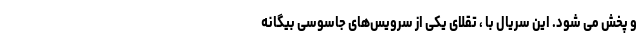
و پخش می شود. این سریال با ، تقلای یکی از سرویس‌های جاسوسی بیگانه